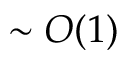
\sim O ( 1 )